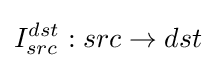
I_{src}^{dst}:src\to dst